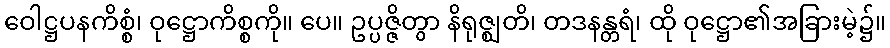
ဝေါဋ္ဌပနကိစ္စံ၊ ဝုဋ္ဌောကိစ္စကို။ ပေ။ ဥပ္ပဇ္ဇိတွာ နိရုဇ္ဈတိ၊ တဒနန္တရံ၊ ထို ဝုဋ္ဌော၏အခြားမဲ့၌။